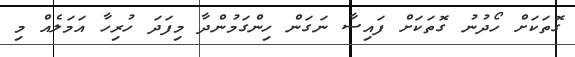
ގޮތަކަށް ހޯދުނު ގޮތަކަށް ފައިސާ ނަގަން ހިންގަމުންދާ މިފަދަ ހުރިހާ އަމަލެއް މި